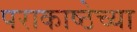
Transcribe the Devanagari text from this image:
पराकाष्ठेच्या